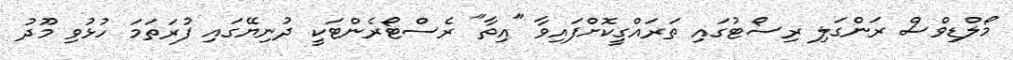
މޯލްޑިވްސް ރަންގަލި ރިސޯޓުގައި ތަރައްގީކޮށްފައިވާ "އިތާ" ރެސްޓޯރެންޓަކީ ދުނިޔޭގައި ފުރަތަމަ ހުޅުވި މޫދު